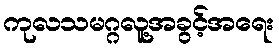
ကုလသမဂ္ဂလူ့အခွင့်အရေး